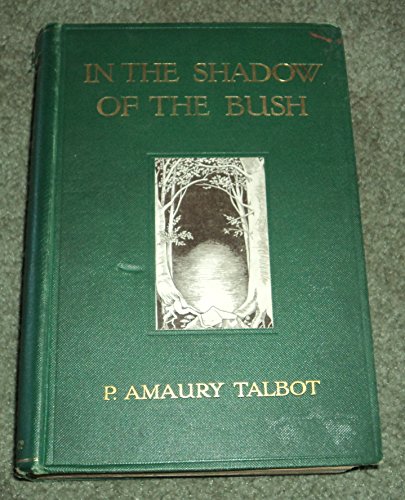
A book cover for In the shadow of the Bush; Percy Amaury Talbot; Travel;